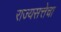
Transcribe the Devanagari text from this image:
राज्यसत्तेचा